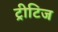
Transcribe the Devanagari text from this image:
ट्रीटिज